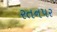
રતનપર